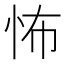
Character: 怖